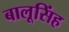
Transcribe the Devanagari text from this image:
बालूसिंह